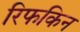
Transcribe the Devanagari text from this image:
रिफकिन